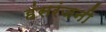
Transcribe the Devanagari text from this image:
हंसरंजनी